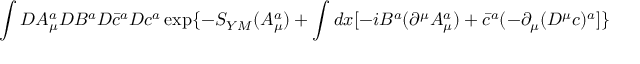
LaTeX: \int { \cal D } A _ { \mu } ^ { a } { \cal D } B ^ { a } { \cal D } \bar { c } ^ { a } { \cal D } c ^ { a } \exp \{ - S _ { Y M } ( A _ { \mu } ^ { a } ) + \int d x [ - i B ^ { a } ( \partial ^ { \mu } A _ { \mu } ^ { a } ) + \bar { c } ^ { a } ( - \partial _ { \mu } ( D ^ { \mu } c ) ^ { a } ] \}